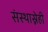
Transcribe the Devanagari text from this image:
संस्थास्नेही